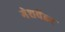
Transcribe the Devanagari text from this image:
गेशवेंडर